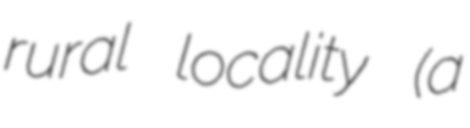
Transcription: rural locality (a